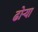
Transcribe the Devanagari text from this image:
ढोऱ्या